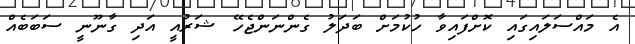
އެ މައްސަލައިގައި ކޮށްފައިވާ ހުކުމަށް ބަދަލު ގެންނަންޖެހޭ ޝަރުއީ އަދި ގާނޫނީ ސަބަބެއް